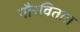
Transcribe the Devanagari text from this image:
गौरवितात